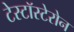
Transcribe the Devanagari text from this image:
टेस्टॉस्टेरोन